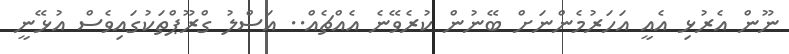
ނޫން އެރުޅި އެއީ އަހަރުމެންނަށް ބޭނުން ކުރެވޭނެ އެއްޗެއް.. އަސްލު ގްރޫޕްތަކުގައިވެސް އުޅޭނީ